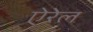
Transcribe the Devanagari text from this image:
ऐरेल